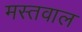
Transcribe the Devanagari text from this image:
मस्तवाल